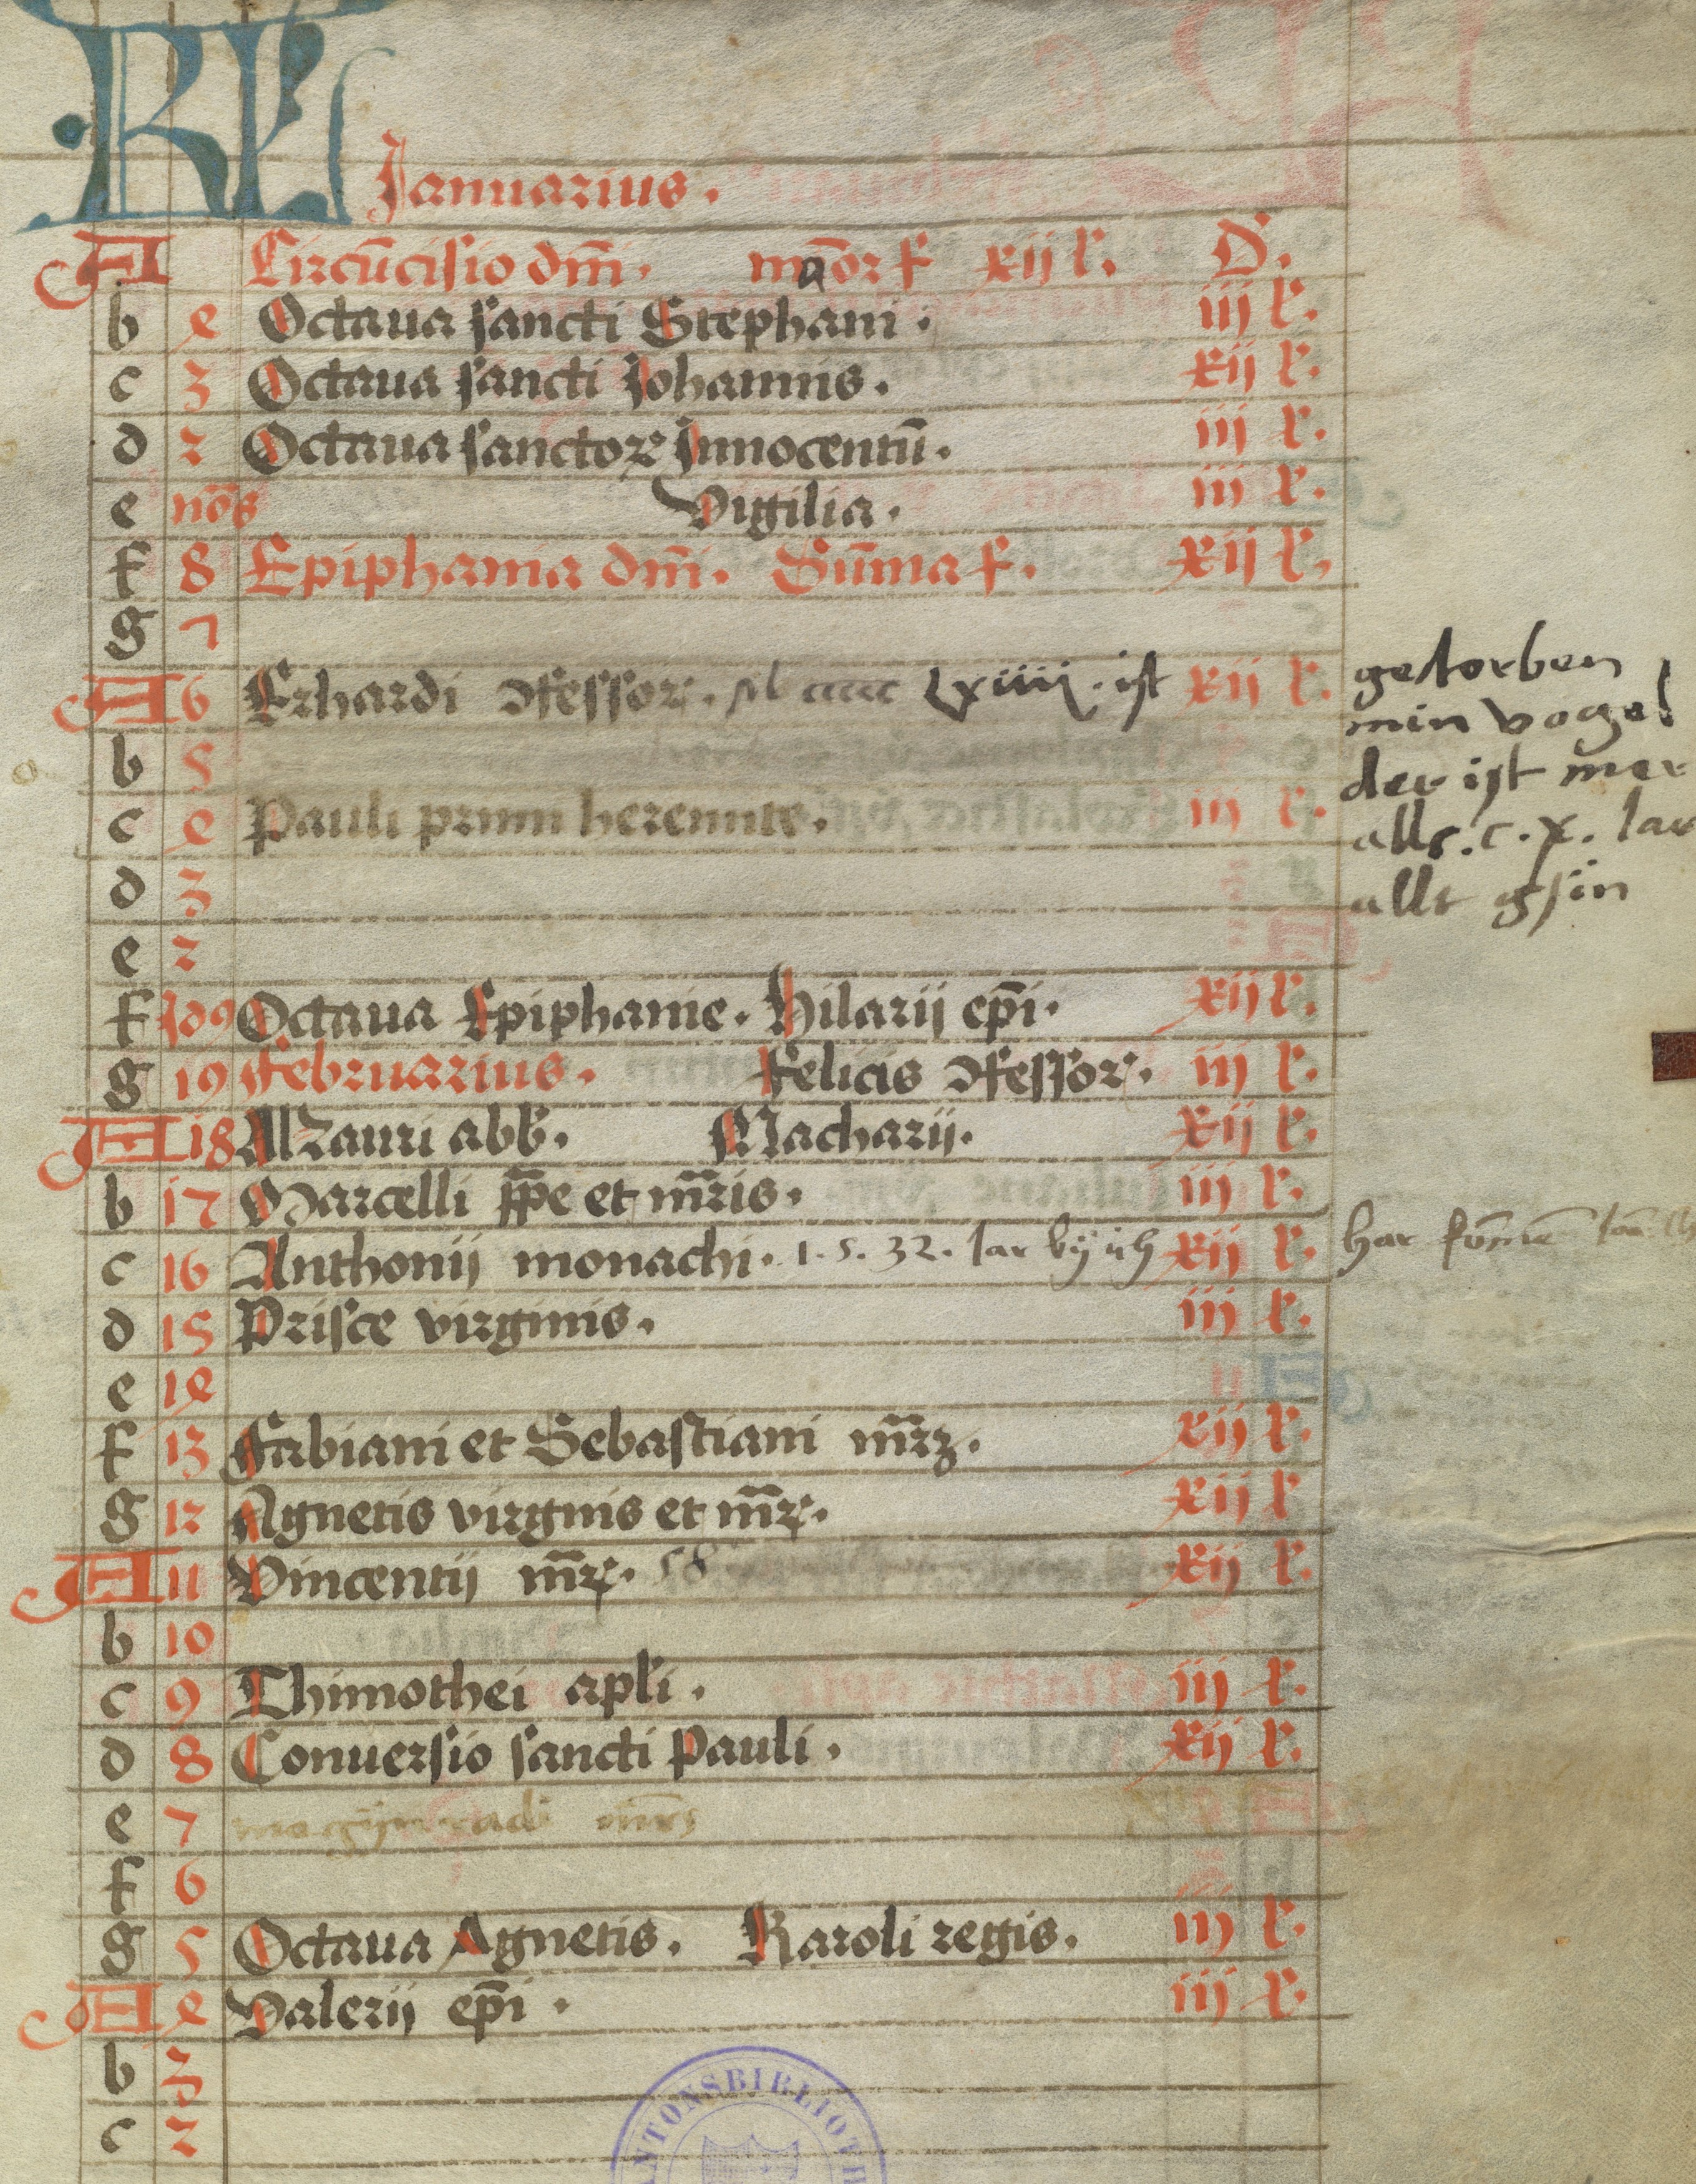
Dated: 1470–1499